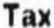
TAX